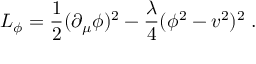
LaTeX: { \cal { L } } _ { \phi } = \frac { 1 } { 2 } ( \partial _ { \mu } \phi ) ^ { 2 } - \frac { \lambda } { 4 } ( \phi ^ { 2 } - v ^ { 2 } ) ^ { 2 } \; .